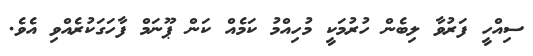
ސިއްހީ ފަރުވާ ލިބެން ހުރުމަކީ މުހިއްމު ކަމެއް ކަން ޕޫނަމް ފާހަގަކުރެއްވި އެވެ.